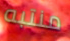
منتبه